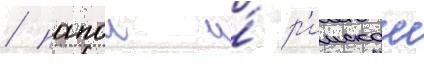
/ папои и́ р'имскои